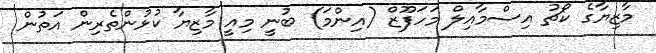
މާޒިޔާގެ ކޯޗު އިސްމާއިލް މަހަފޫޒް (އިންމަ) ބުނީ މިއީ މާޒިޔާ ކުޅުންތެރިން އަތުން